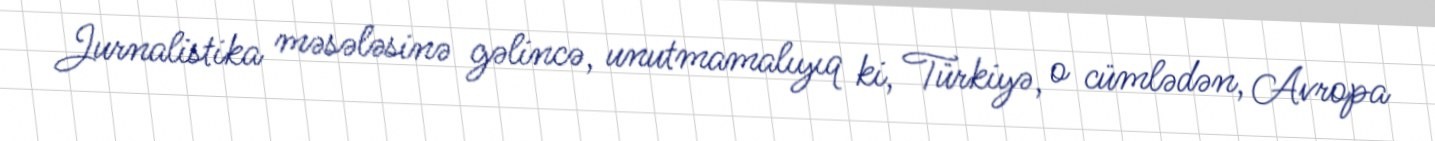
Jurnalistika məsələsinə gəlincə, unutmamalıyıq ki, Türkiyə, o cümlədən, Avropa